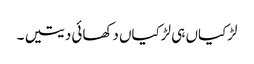
لڑکیاں ہی لڑکیاں دکھائی دیتیں ۔